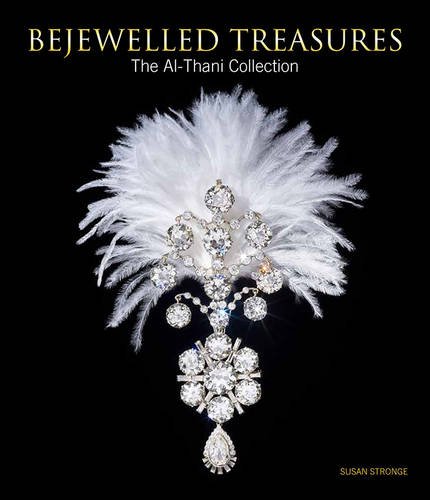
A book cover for Bejewelled Treasures: The Al-Thani Collection; Crafts, Hobbies & Home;